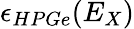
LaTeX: \epsilon_{HPGe}(E_{X})